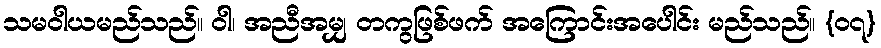
သမဝါယမည်သည်။ ဝါ၊ အညီအမျှ တကွဖြစ်ဖက် အကြောင်းအပေါင်း မည်သည်။ {၀၇}